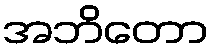
အဘိတော